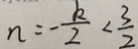
n = - \frac { k } { 2 } < \frac { 3 } { 2 }